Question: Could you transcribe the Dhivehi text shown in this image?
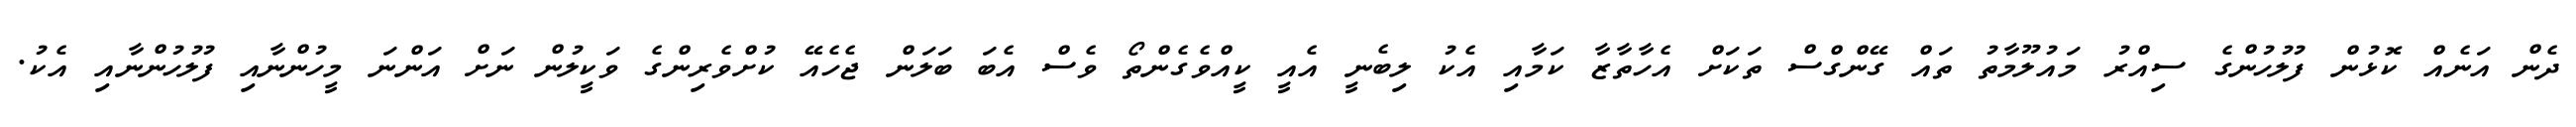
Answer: ދެން އަނެއް ކޮޅުން ފުލުހުންގެ ސިއްރު މައުލޫމާތު ތައް ގޭންގްސް ތަކަށް އެހާތާޒާ ކަމާއި އެކު ލިބެނީ އެއީ ކީއްވެގެންތޯ ވެސް އެބަ ބަލަން ޖެހެއޭ ކުށްވެރިންގެ ވަކީލުން ނަށް އަންނަ މީހުންނާއި ފުލުހުންނާއި އެކު.